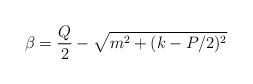
LaTeX: \begin{align*}\beta = \frac{Q}{2} - \sqrt{m^{2}+(k-P/2)^{2}}\end{align*}